Leprosy in India: report of the Leprosy Commission in India, 1890-91
Year: 1890
Disease focus: Leprosy
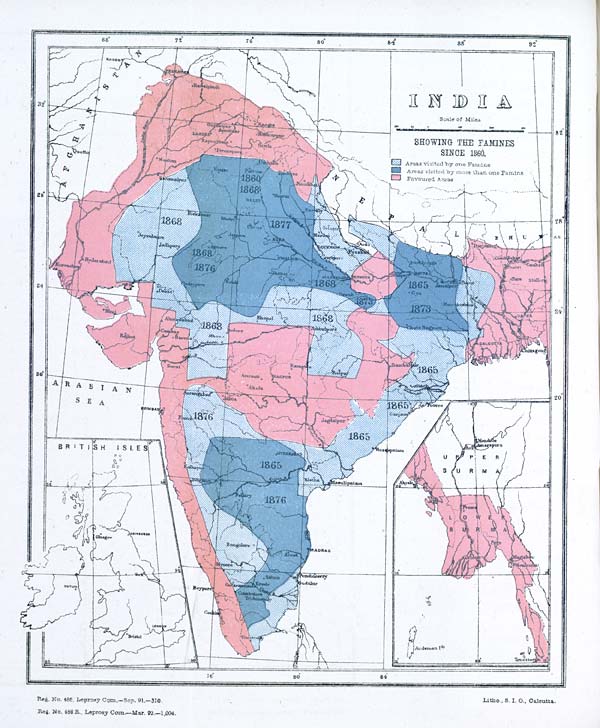
Reg. No. 486. Leprosy Com.—Sep. 91.—310.
Reg. No. 486 R., Leprosy Com.—Mar. 92.—1,004.
Litho., S. I. O., Calcutta.